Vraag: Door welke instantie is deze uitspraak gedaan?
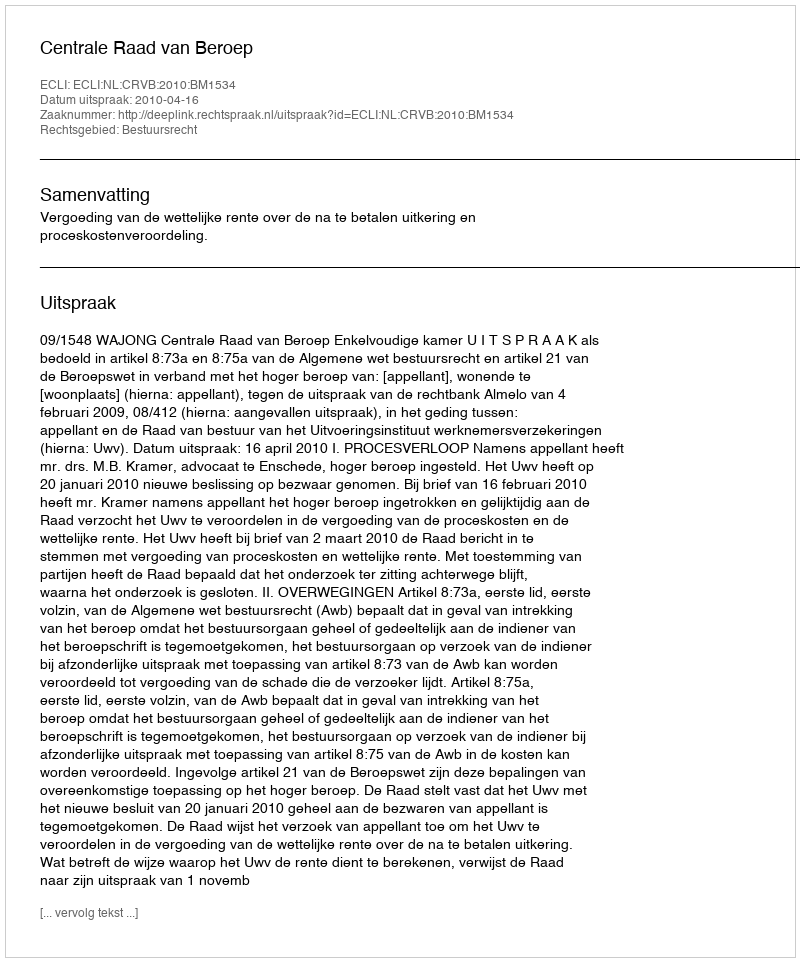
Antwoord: Centrale Raad van Beroep